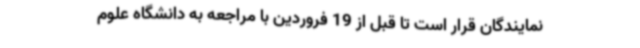
نمایندگان قرار است تا قبل از 19 فروردین با مراجعه به دانشگاه علوم